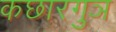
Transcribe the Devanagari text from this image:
कछारगुञ